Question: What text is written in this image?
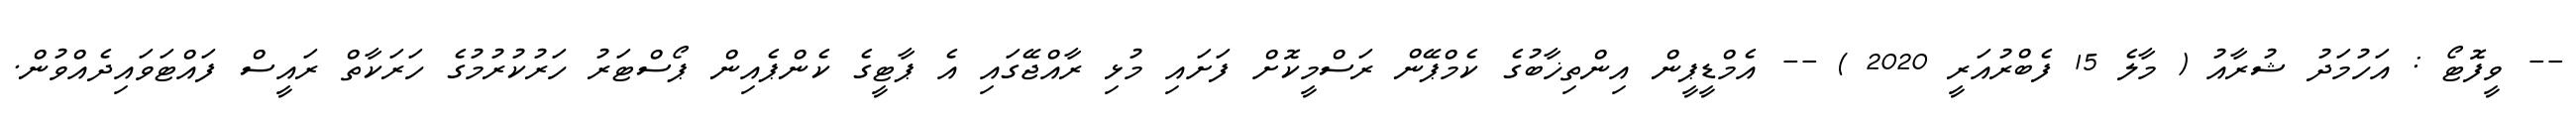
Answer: -- ވީފޮޓޯ : އަހުމަދު ޝުރާއު ( މާލެ 15 ފެބްރުއަރީ 2020 ) -- އެމްޑީޕީން އިންތިޚާބުގެ ކެމްޕޭން ރަސްމީކޮށް ފަށައި މުޅި ރާއްޖޭގައި އެ ޕާޓީގެ ކެންޕެއިން ޕޯސްޓަރު ހަރުކުރުމުގެ ހަރަކާތް ރައީސް ފައްޓަވައިދެއްވުން.